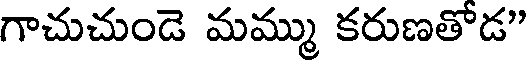
గాచుచుండె మమ్ము కరుణతోడ"